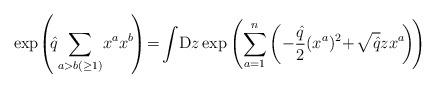
LaTeX: \begin{align*}\exp \!\left (\!\hat{q} \!\sum_{a>b(\ge 1)}\! x^a x^b \!\right )\!=\!\int \!{\rm D}z \exp \left (\sum_{a=1}^n \left (-\frac{\hat{q}}{2} (x^a)^2 \!+\! \sqrt{\hat{q}} z x^a \!\right ) \!\right ) \!\end{align*}